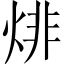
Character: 𤊬